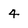
Character: 4